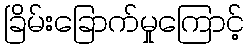
ခြိမ်းခြောက်မှုကြောင့်